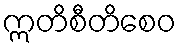
ဣတိစီတိစေဝ